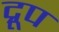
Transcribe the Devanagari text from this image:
द्रूप